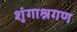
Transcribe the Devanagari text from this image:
शृंगाश्नगण